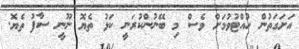
އަށަގަތުން ހުއްޓުވުމަށް ވެސް މި ބޭނުންކުރަނީ ކަޅު ތެޔޮ ނޫނީ ސާފު ތެޔޮ.